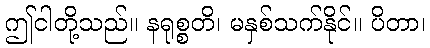
ဤငါတို့သည်။ နရုစ္စတိ၊ မနှစ်သက်နိုင်။ ပိတာ၊